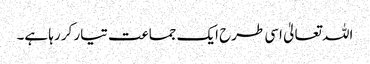
اللہ تعالیٰ اسی طرح ایک جماعت تیار کر رہا ہے۔